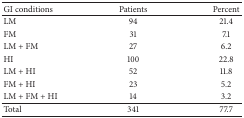
<table><thead><tr><td><b>GI conditions</b></td><td><b>Patients</b></td><td><b>Percent</b></td></tr></thead><tbody><tr><td>LM</td><td>94</td><td>21.4</td></tr><tr><td>FM</td><td>31</td><td>7.1</td></tr><tr><td>LM + FM</td><td>27</td><td>6.2</td></tr><tr><td>HI</td><td>100</td><td>22.8</td></tr><tr><td>LM + HI</td><td>52</td><td>11.8</td></tr><tr><td>FM + HI</td><td>23</td><td>5.2</td></tr><tr><td>LM + FM + HI</td><td>14</td><td>3.2</td></tr><tr><td>Total</td><td>341</td><td>77.7</td></tr></tbody></table>